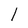
Character: l